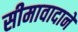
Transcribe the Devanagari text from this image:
सीमावादाने